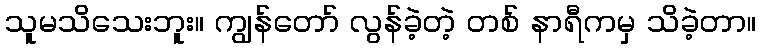
သူမသိသေးဘူး။ ကျွန်တော် လွန်ခဲ့တဲ့ တစ် နာရီကမှ သိခဲ့တာ။